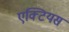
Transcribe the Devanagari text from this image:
एक्टियस